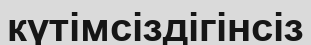
күтімсіздігінсіз